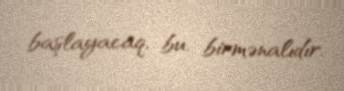
başlayacaq, bu, birmənalıdır.